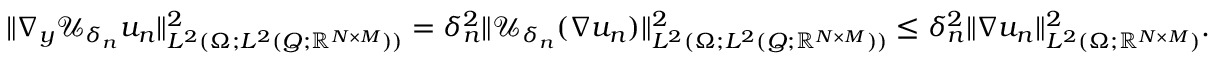
\| \nabla _ { y } \mathcal { U } _ { \delta _ { n } } u _ { n } \| _ { L ^ { 2 } ( \Omega ; L ^ { 2 } ( Q ; \mathbb { R } ^ { N \times M } ) ) } ^ { 2 } = \delta _ { n } ^ { 2 } \| \mathcal { U } _ { \delta _ { n } } ( \nabla u _ { n } ) \| _ { L ^ { 2 } ( \Omega ; L ^ { 2 } ( Q ; \mathbb { R } ^ { N \times M } ) ) } ^ { 2 } \leq \delta _ { n } ^ { 2 } \| \nabla u _ { n } \| _ { L ^ { 2 } ( \Omega ; \mathbb { R } ^ { N \times M } ) } ^ { 2 } .